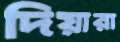
দিয়ারা